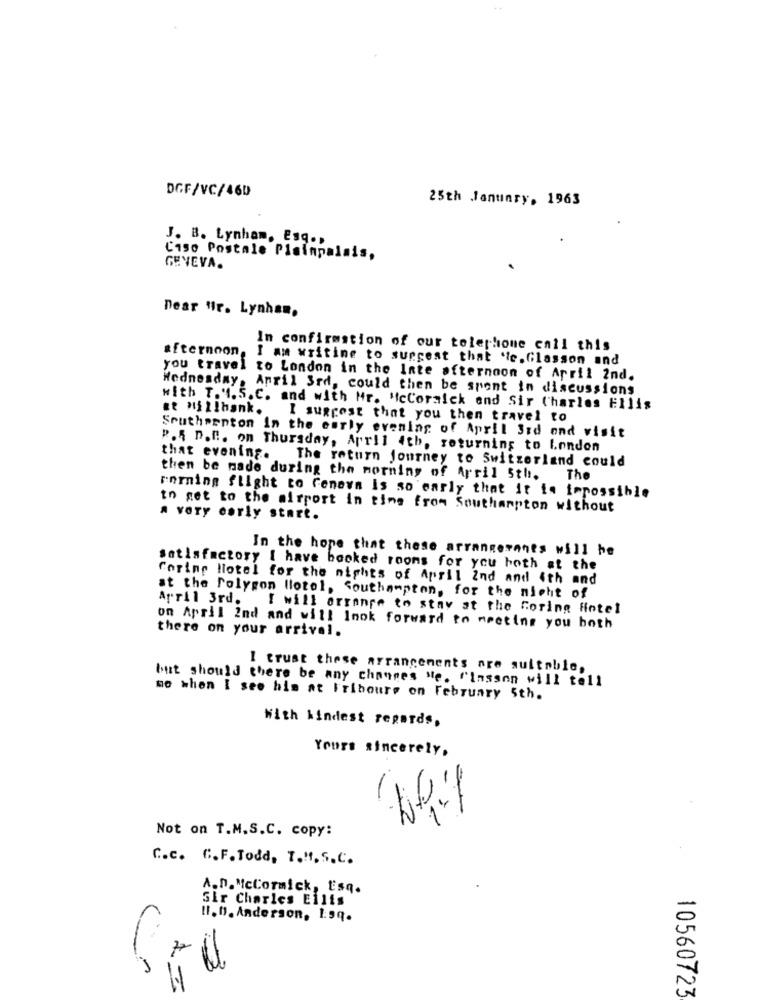
DGF/VC/460
25th January, 1963
J. B. Lynham, Esq .,
C150 Postale Plainpalais,
GENEVA.
Dear Nr. Lynham,
afternoon,
In confirmstion of our telephone enil this
I am writing to suggest that 'ic.Glasson and
you travel to London in the Inte afternoon of April 2nd.
Wednesday, April 3rd, could then be spent in discussions
with T. I. S.C. and with Mr. "icCoralck end Sir Charles Ellis
Et Millbank. I suggest that you then travel to
Southernton in the early evening of April 3rd and visit
P. 5 D.C .. on Thursday, April 4th, returning to London
that evening.
The return journey to Switzerland could
then be made during the morning of April 5th.
The
Forming flight to Geneva is so early that it is impossible
to get to the airport in time from Southampton without
a very early start.
In the hope that these arrangements will be
satisfactory I have booked rooms for you hoth st the
Corine Hotel for the nights of April 2nd and 4th and
at the Polygon Hotel, Southampton, for the night of
April 3rd. I will arrange to stay at the Goring Hotel
there on your arrival.
on April 2nd and will look forward to meeting you both
I trust these arrangements are suitable,
but should there be any changes "e. "lassen will tell
so when I see his at Fribourg on February 5th.
With kindest regards,
Yours sincerely.
Not on T.M.S.C. copy:
C.c. C. F. Todd, T.H. S.C.
A.n. McCormick, Esq.
Sir Charles Ellis
-
I. D. Anderson, 1.99.
V
10560723